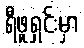
ရီဖူရှင်းမှာ